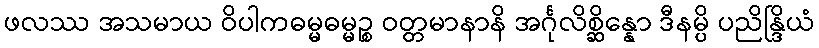
ဖလဿ အသမာယ ဝိပါကဓမ္မဓမ္မဉ္စ ဝတ္တမာနာနိ အင်္ဂုလိစ္ဆိန္နော ဒီနမ္ပိ ပညိန္ဒြိယံ